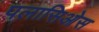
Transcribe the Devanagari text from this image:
पलासिओस